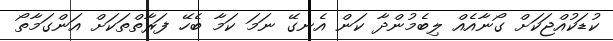
ކުޑަކުއްޖަކަށް ގޯނާއެއް ލިބެމުންދާ ކަން އެނގޭ ނަމަ ކަމާ ބެހޭ ފަރާތްތަކަށް އަންގަމާތޯ